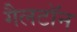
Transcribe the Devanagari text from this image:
गैलटॉन